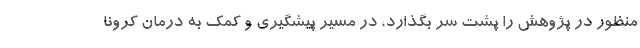
منظور در پژوهش را پشت سر بگذارد، در مسیر پیشگیری و کمک به درمان کرونا